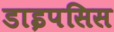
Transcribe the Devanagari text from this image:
डाइपसिस